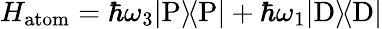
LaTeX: H_{\mathrm{atom}}=\hbar\omega_{3}{\left|{\mathrm{P}}\right\rangle\! \! \left\langle{\mathrm{P}}\right|}+\hbar\omega_{1}{\left|{\mathrm{D}}\right\rangle\! \! \left\langle{\mathrm{D}}\right|}